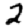
Digit: 2